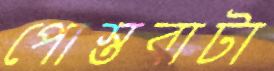
পোস্তবাটা